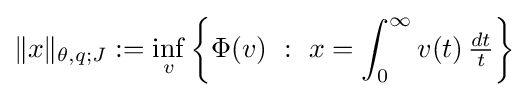
\|x\|_{\theta ,q;J}:=\inf _{v}\left\{\Phi (v)\ :\ x=\int _{0}^{\infty }v(t)\,{\tfrac {dt}{t}}\right\}